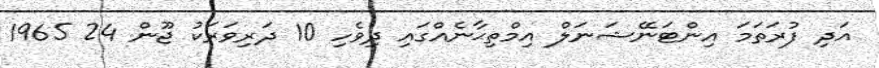
އަދި ފުރަތަމަ އިންޓަނޭޝަނަލް އިމްތިޙާނެއްގައި ދިވެހި 10 ދަރިވަރަކު ޖޫން 24 1965